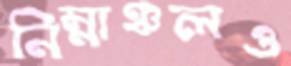
নিম্নাঞ্চলও